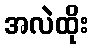
အလဲထိုး